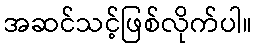
အဆင်သင့်ဖြစ်လိုက်ပါ။